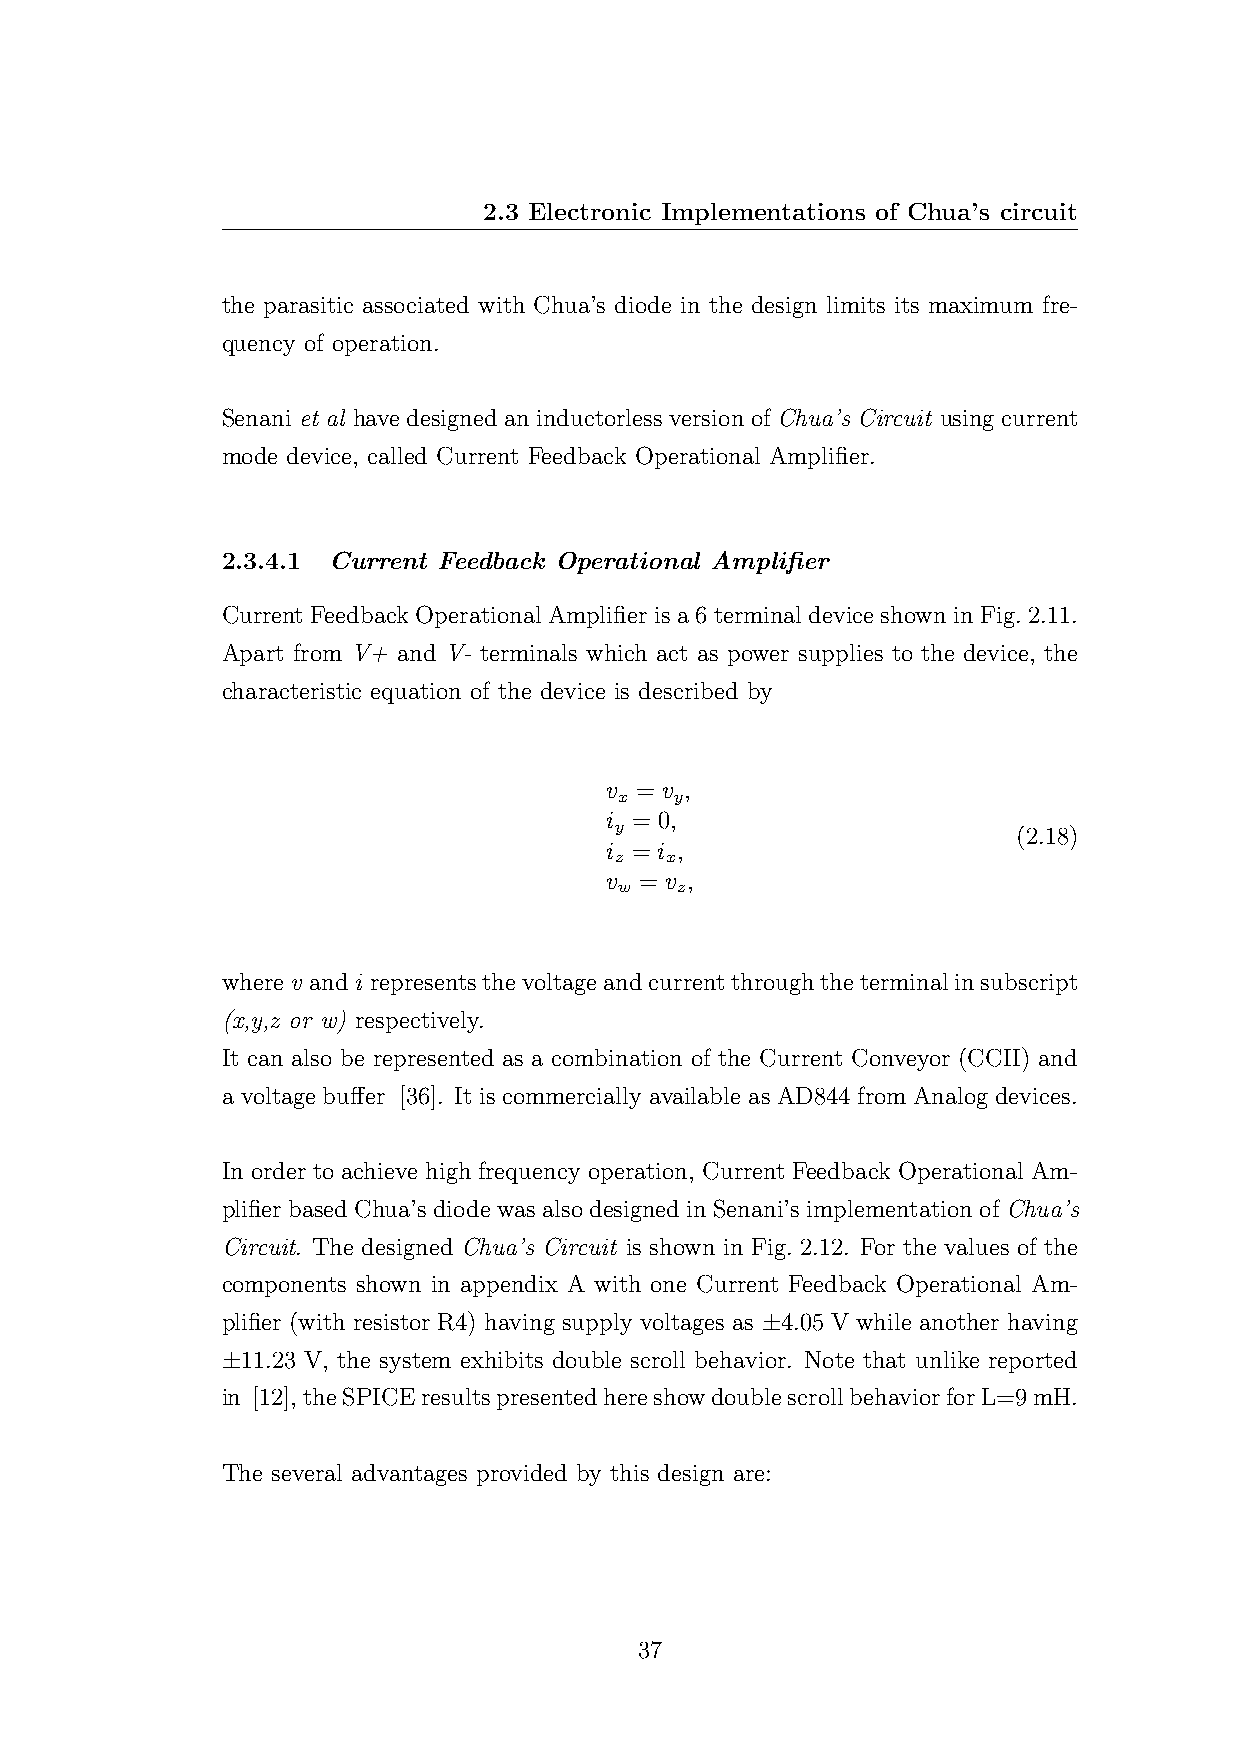
2.3 Electronic Implementations of Chua’s circuit
 the parasitic associated with Chua’s diode in the design limits its maximum fre-
 quency of operation.
 Senani et al have designed an inductorless version of Chua’s Circuit using current
 mode device, called Current Feedback Operational Amplifier.
 2.3.4.1 Current Feedback Operational Amplifier
 CurrentFeedbackOperational Amplifier is a 6terminal device shown in Fig. 2.11.
 Apart from V+ and V- terminals which act as power supplies to the device, the
 characteristic equation of the device is described by
 v = v ,
 x   y
 i = 0,
 y                         (2.18)
 i = i ,
 z  x
 v = v ,
 w   z
 wherev andi representsthevoltageandcurrentthroughtheterminalinsubscript
 (x,y,z or w) respectively.
 It can also be represented as a combination of the Current Conveyor (CCII) and
 a voltage buffer [36]. It is commercially available as AD844 from Analog devices.
 In order to achieve high frequency operation, Current Feedback Operational Am-
 plifier based Chua’s diode was also designed in Senani’s implementation of Chua’s
 Circuit. The designed Chua’s Circuit is shown in Fig. 2.12. For the values of the
 components shown in appendix A with one Current Feedback Operational Am-
 plifier (with resistor R4) having supply voltages as ±4.05 V while another having
 ±11.23 V, the system exhibits double scroll behavior. Note that unlike reported
 in [12],theSPICEresultspresentedhereshowdoublescrollbehaviorforL=9mH.
 The several advantages provided by this design are:
 37